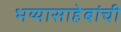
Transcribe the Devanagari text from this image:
भय्यासाहेबांची